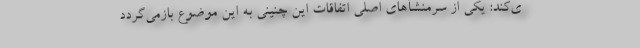
ی‌کند: یکی از سرمنشأهای اصلی اتفاقات این چنینی به این موضوع بازمی‌گردد